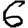
Digit: 6